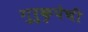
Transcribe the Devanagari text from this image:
गुरुकृपेची